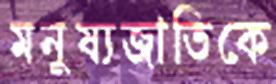
মনুষ্যজাতিকে